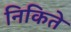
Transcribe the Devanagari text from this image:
निकिते